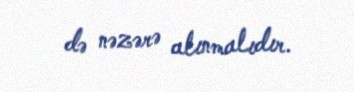
də nəzərə alınmalıdır.